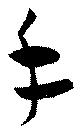
手